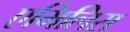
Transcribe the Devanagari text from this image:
एमिलिस